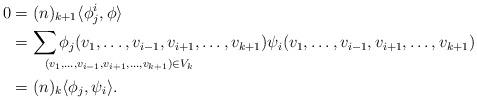
LaTeX: \begin{align*}0 &= (n)_{k+1} \langle \phi_j^i, \phi \rangle\\&= \sum_{\mathrlap{(v_1, \ldots, v_{i-1}, v_{i+1}, \ldots, v_{k+1}) \in V_{k} }} \phi_ j(v_1, \ldots, v_{i-1}, v_{i+1}, \ldots, v_{k+1}) \psi_i (v_1, \ldots, v_{i-1}, v_{i+1}, \ldots, v_{k+1})\\&= (n)_k \langle \phi_ j, \psi_i \rangle.\end{align*}